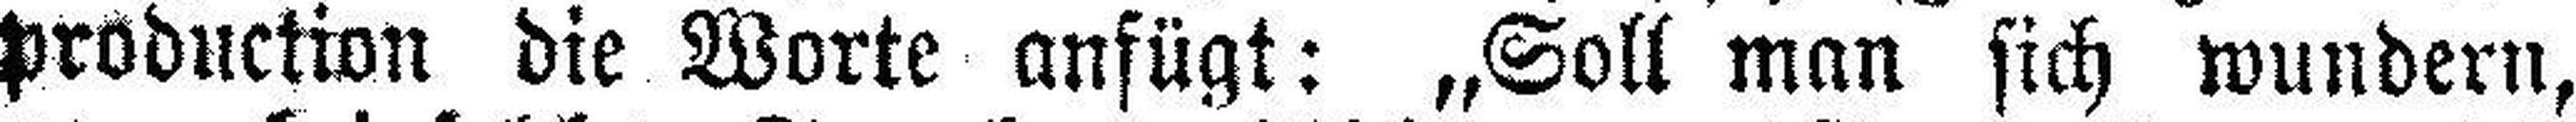
production die Worte anfügt: „Soll man sich wundern,